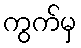
ကွက်မှ